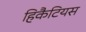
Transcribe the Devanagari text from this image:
हिकैटियस